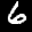
Label: 6